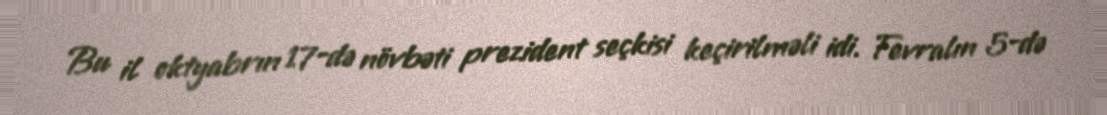
Bu il oktyabrın 17-də növbəti prezident seçkisi keçirilməli idi. Fevralın 5-də